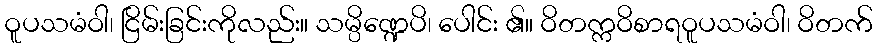
ဝူပသမံဝါ၊ ငြိမ်းခြင်းကိုလည်း။ သမ္ပိဏ္ဍေပိ၊ ပေါင်း ၏။ ဝိတက္ကဝိစာရဝူပသမံဝါ၊ ဝိတက်